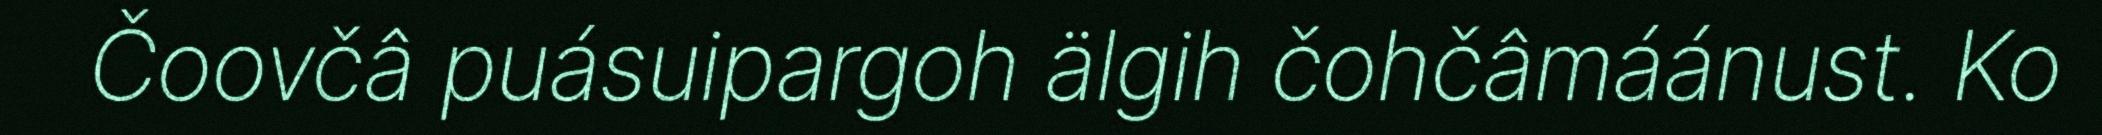
Čoovčâ puásuipargoh älgih čohčâmáánust. Ko